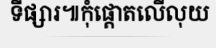
ទីផ្សារ៕កុំផ្តោតលើលុយ